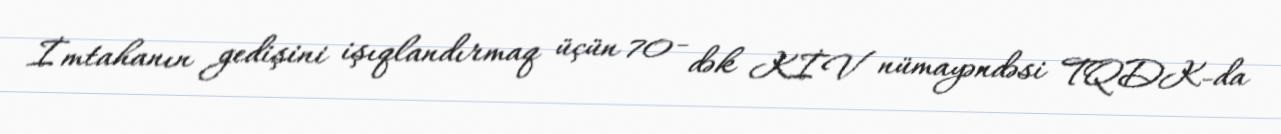
İmtahanın gedişini işıqlandırmaq üçün 70 - dək KİV nümayəndəsi TQDK-da